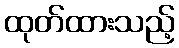
ထုတ်ထားသည့်